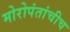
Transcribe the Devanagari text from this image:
मोरोपंतांचीच